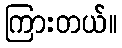
ကြားတယ်။